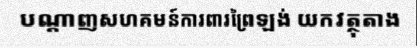
បណ្តាញសហគមន៍ការពារព្រៃឡង់ យកវត្ថុតាង